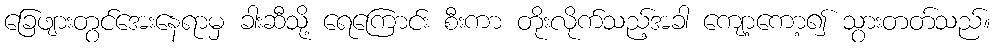
ခြေဖျားတွင်အေးနေရာမှ ခါးဆီသို့ ရေကြောင်း စီးကာ တိုးလိုက်သည့်အခါ ကျော့ကော့၍ သွားတတ်သည်။